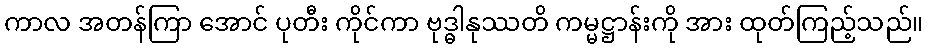
ကာလ အတန်ကြာ အောင် ပုတီး ကိုင်ကာ ဗုဒ္ဓါနုဿတိ ကမ္မဋ္ဌာန်းကို အား ထုတ်ကြည့်သည်။